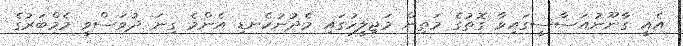
އެއީ ގާނޫނުއަސާސީގައިވާ ގޮތުގެ މަތިން މަޖިލީހުގައި މެދުނުކެނޑި އެންމެ ގިނަ ދުވަސްވީ މެމްބަރުގެ